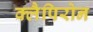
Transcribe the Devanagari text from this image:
क्लैपिरोन